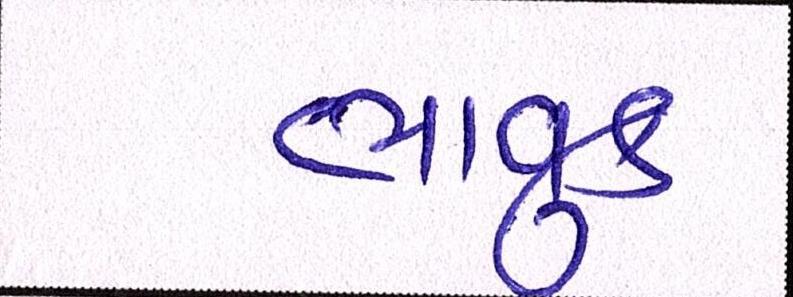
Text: ભાવુક